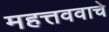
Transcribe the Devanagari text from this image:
महत्तववाचे